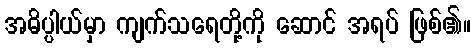
အဓိပ္ပါယ်မှာ ကျက်သရေတို့ကို ဆောင် အရပ် ဖြစ်၏။